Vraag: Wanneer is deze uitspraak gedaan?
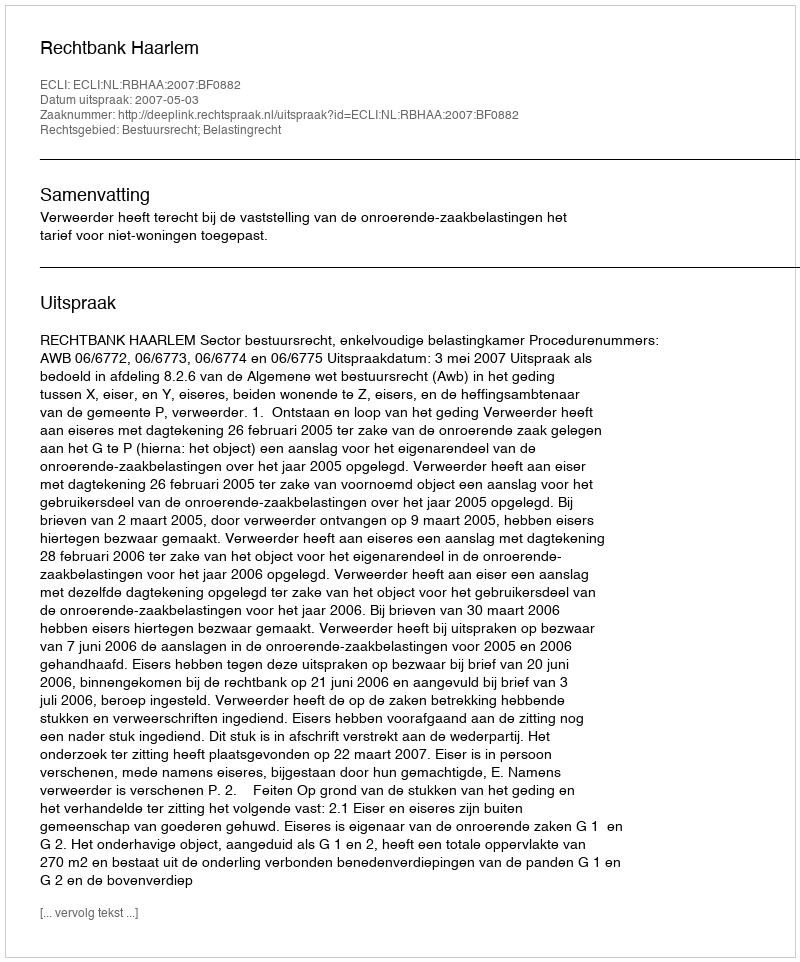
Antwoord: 2007-05-03